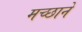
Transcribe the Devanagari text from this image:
मच्छाने